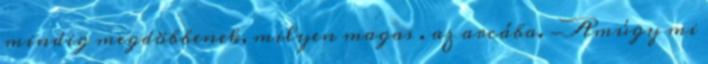
mindig megdöbbenek, milyen magas . az arcába. -Amúgy mi